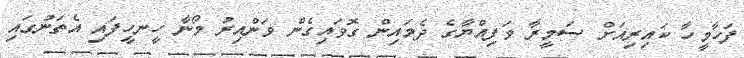
ފަހާމީހާ ކައިރިއަށް ސަމީރާ ވަފިއްޔާގެ ދެމައިން ގޮވައިގެން ވަންއިރު މޯނާ ހީނހީފައި އެތަނުގައި